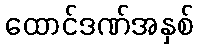
ထောင်ဒဏ်အနှစ်